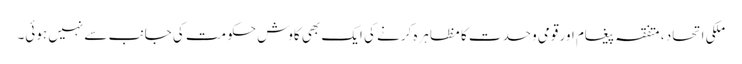
ملکی اتحاد ، متفقہ پیغام اور قومی وحدت کا مظاہرہ کرنے کی ایک بھی کاوش حکومت کی جانب سے نہیں ہوئی۔